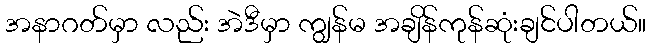
အနာဂတ်မှာ လည်း အဲဒီမှာ ကျွန်မ အချိန်ကုန်ဆုံးချင်ပါတယ်။